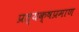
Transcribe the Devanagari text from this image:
प्रत्यक्षप्रमाण